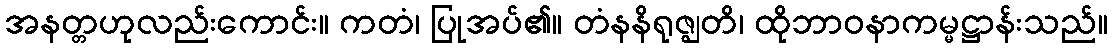
အနတ္တဟုလည်းကောင်း။ ကတံ၊ ပြုအပ်၏။ တံနနိရုဇ္ဈတိ၊ ထိုဘာဝနာကမ္မဋ္ဌာန်းသည်။